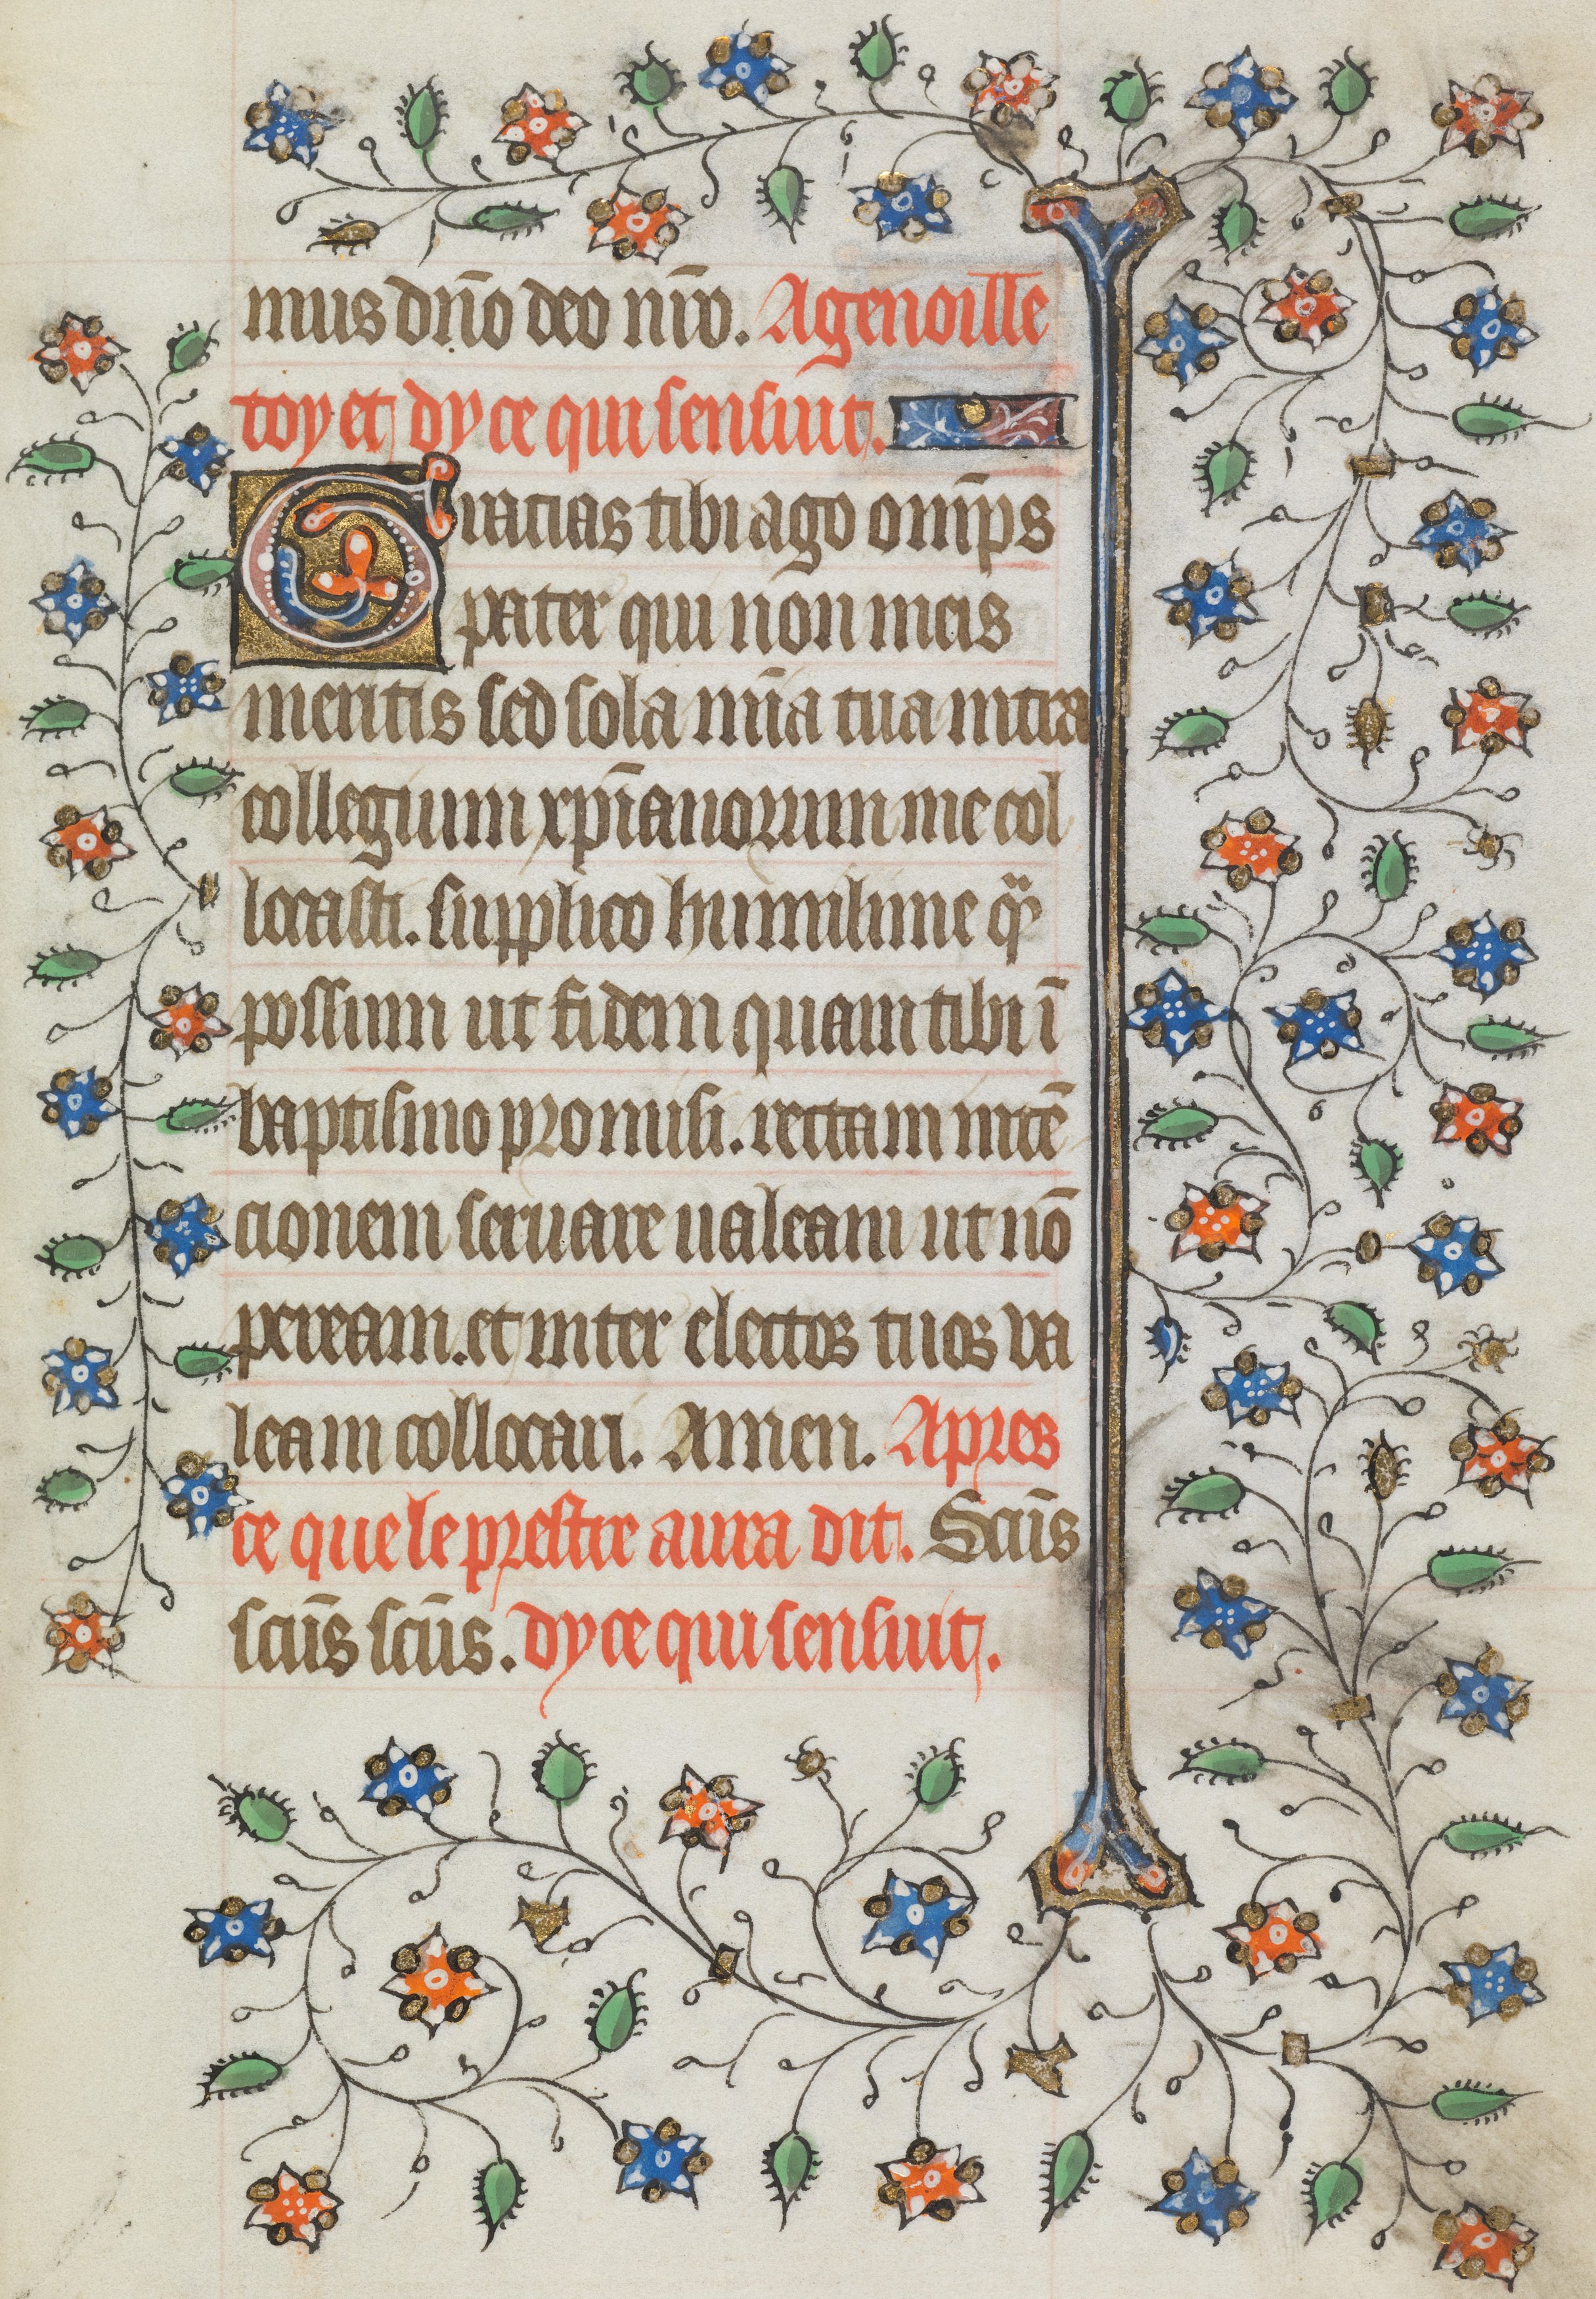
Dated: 1421–1421